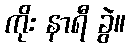
ကိုး နာရီ ခွဲ။